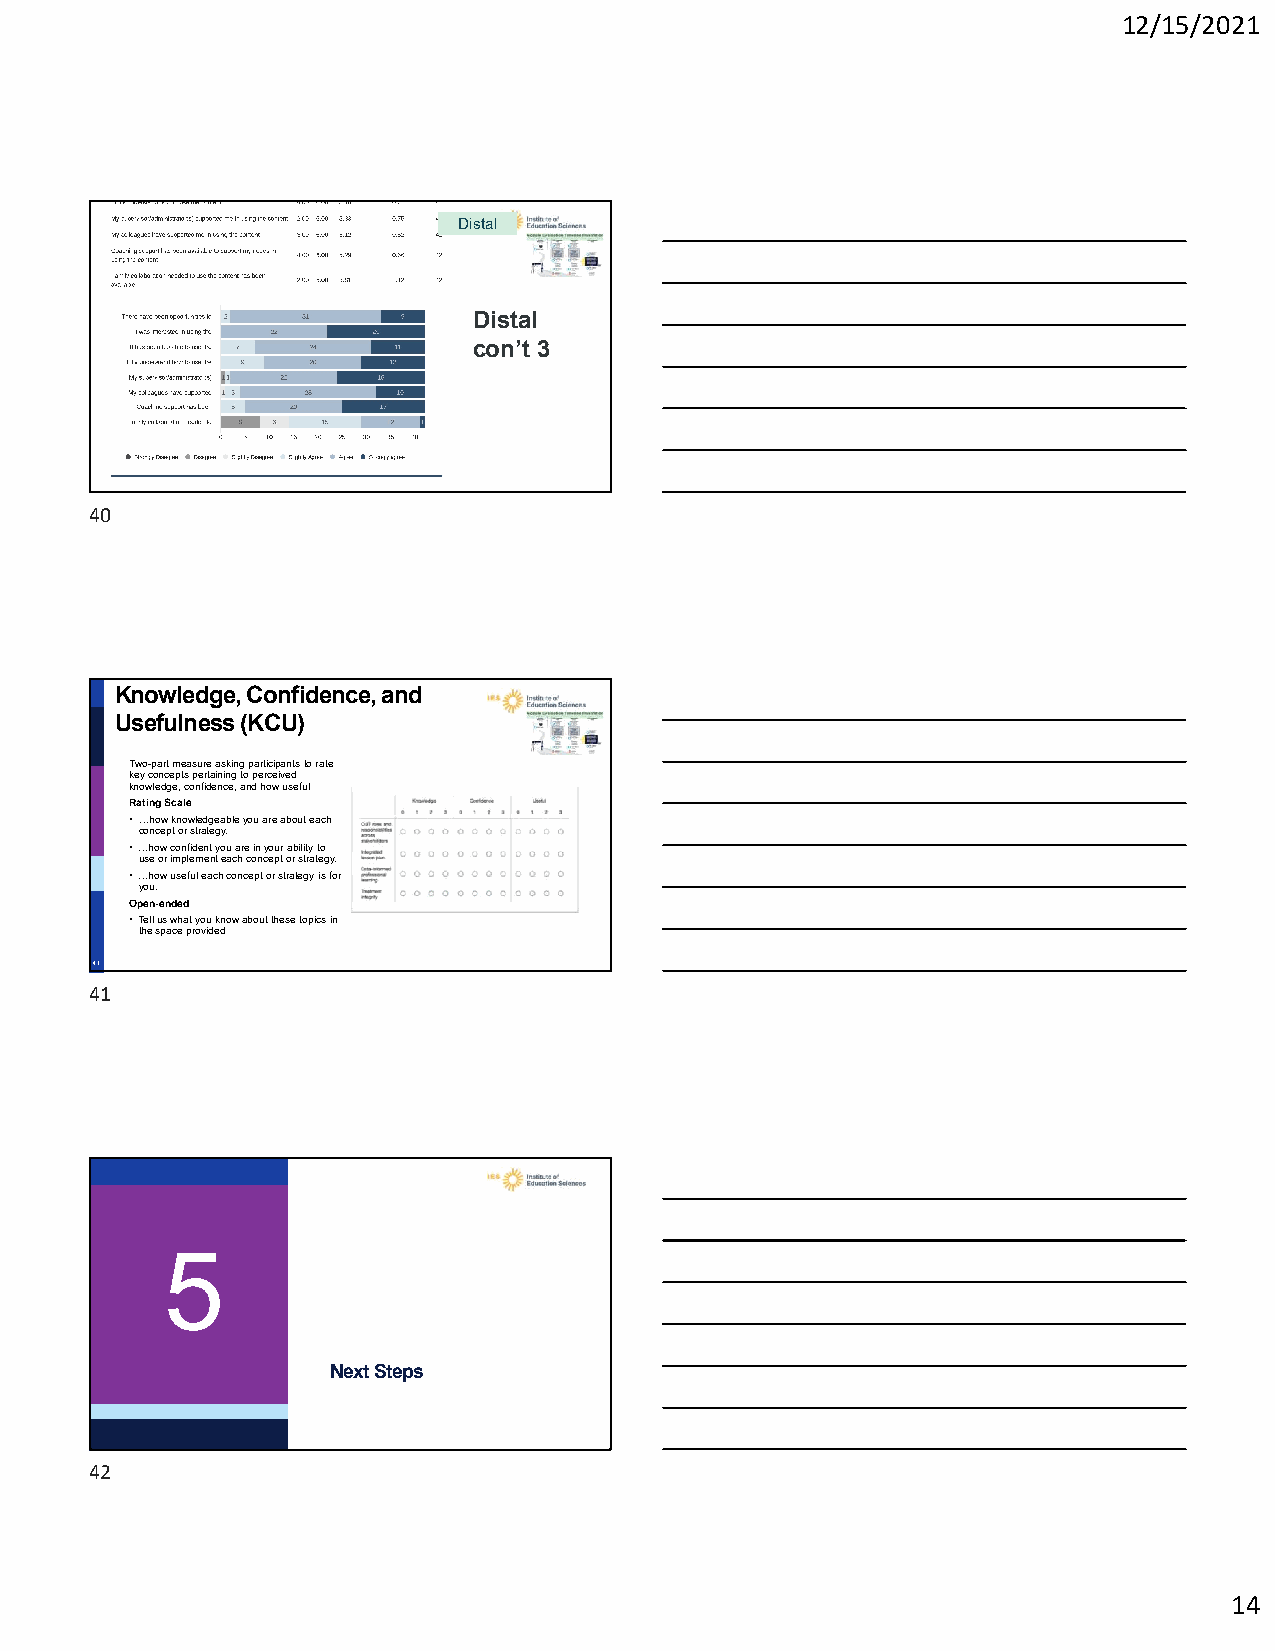
12/15/2021
 Distal
 Distal
 con’t 3
 40
 40
 Knowledge, Confidence, and
 Usefulness (KCU)
 Two-part measure asking participants to rate
 key concepts pertaining to perceived
 knowledge, confidence, and how useful
 Rating Scale
 •…how knowledgeable you are about each
 concept or strategy.
 •…how confident you are in your ability to
 use or implement each concept or strategy.
 •…how useful each concept or strategy is for
 you.
 Open-ended
 •Tell us what you know about these topics in
 the space provided
 41
 41
 5
 Next Steps
 42
 14